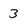
Character: 3